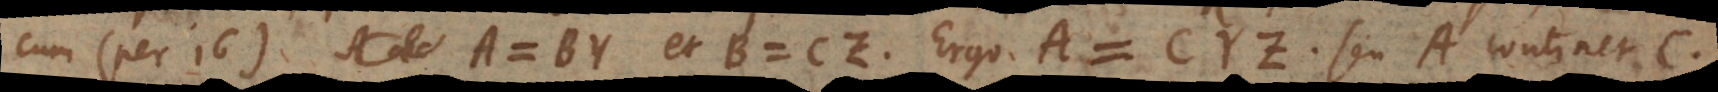
cum (per 16) A = BY et B = CZ, Ergo A = CYZ seu A continet C.